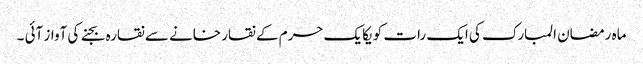
ماہ رمضان المبارک کی ایک رات کو یکایک حرم کے نقار خانے سے نقارہ بجنے کی آواز آئی ۔